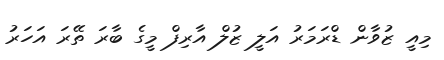
މިއީ ޒުވާން ޑްރަމަރު އަލީ ޒުލް އާރިފް މީގެ ބާރަ ތޭރަ އަހަރު